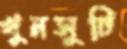
খুনসুটি